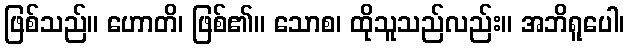
ဖြစ်သည်။ ဟောတိ၊ ဖြစ်၏။ သောစ၊ ထိုသူသည်လည်း။ အဘိရူပေါ၊